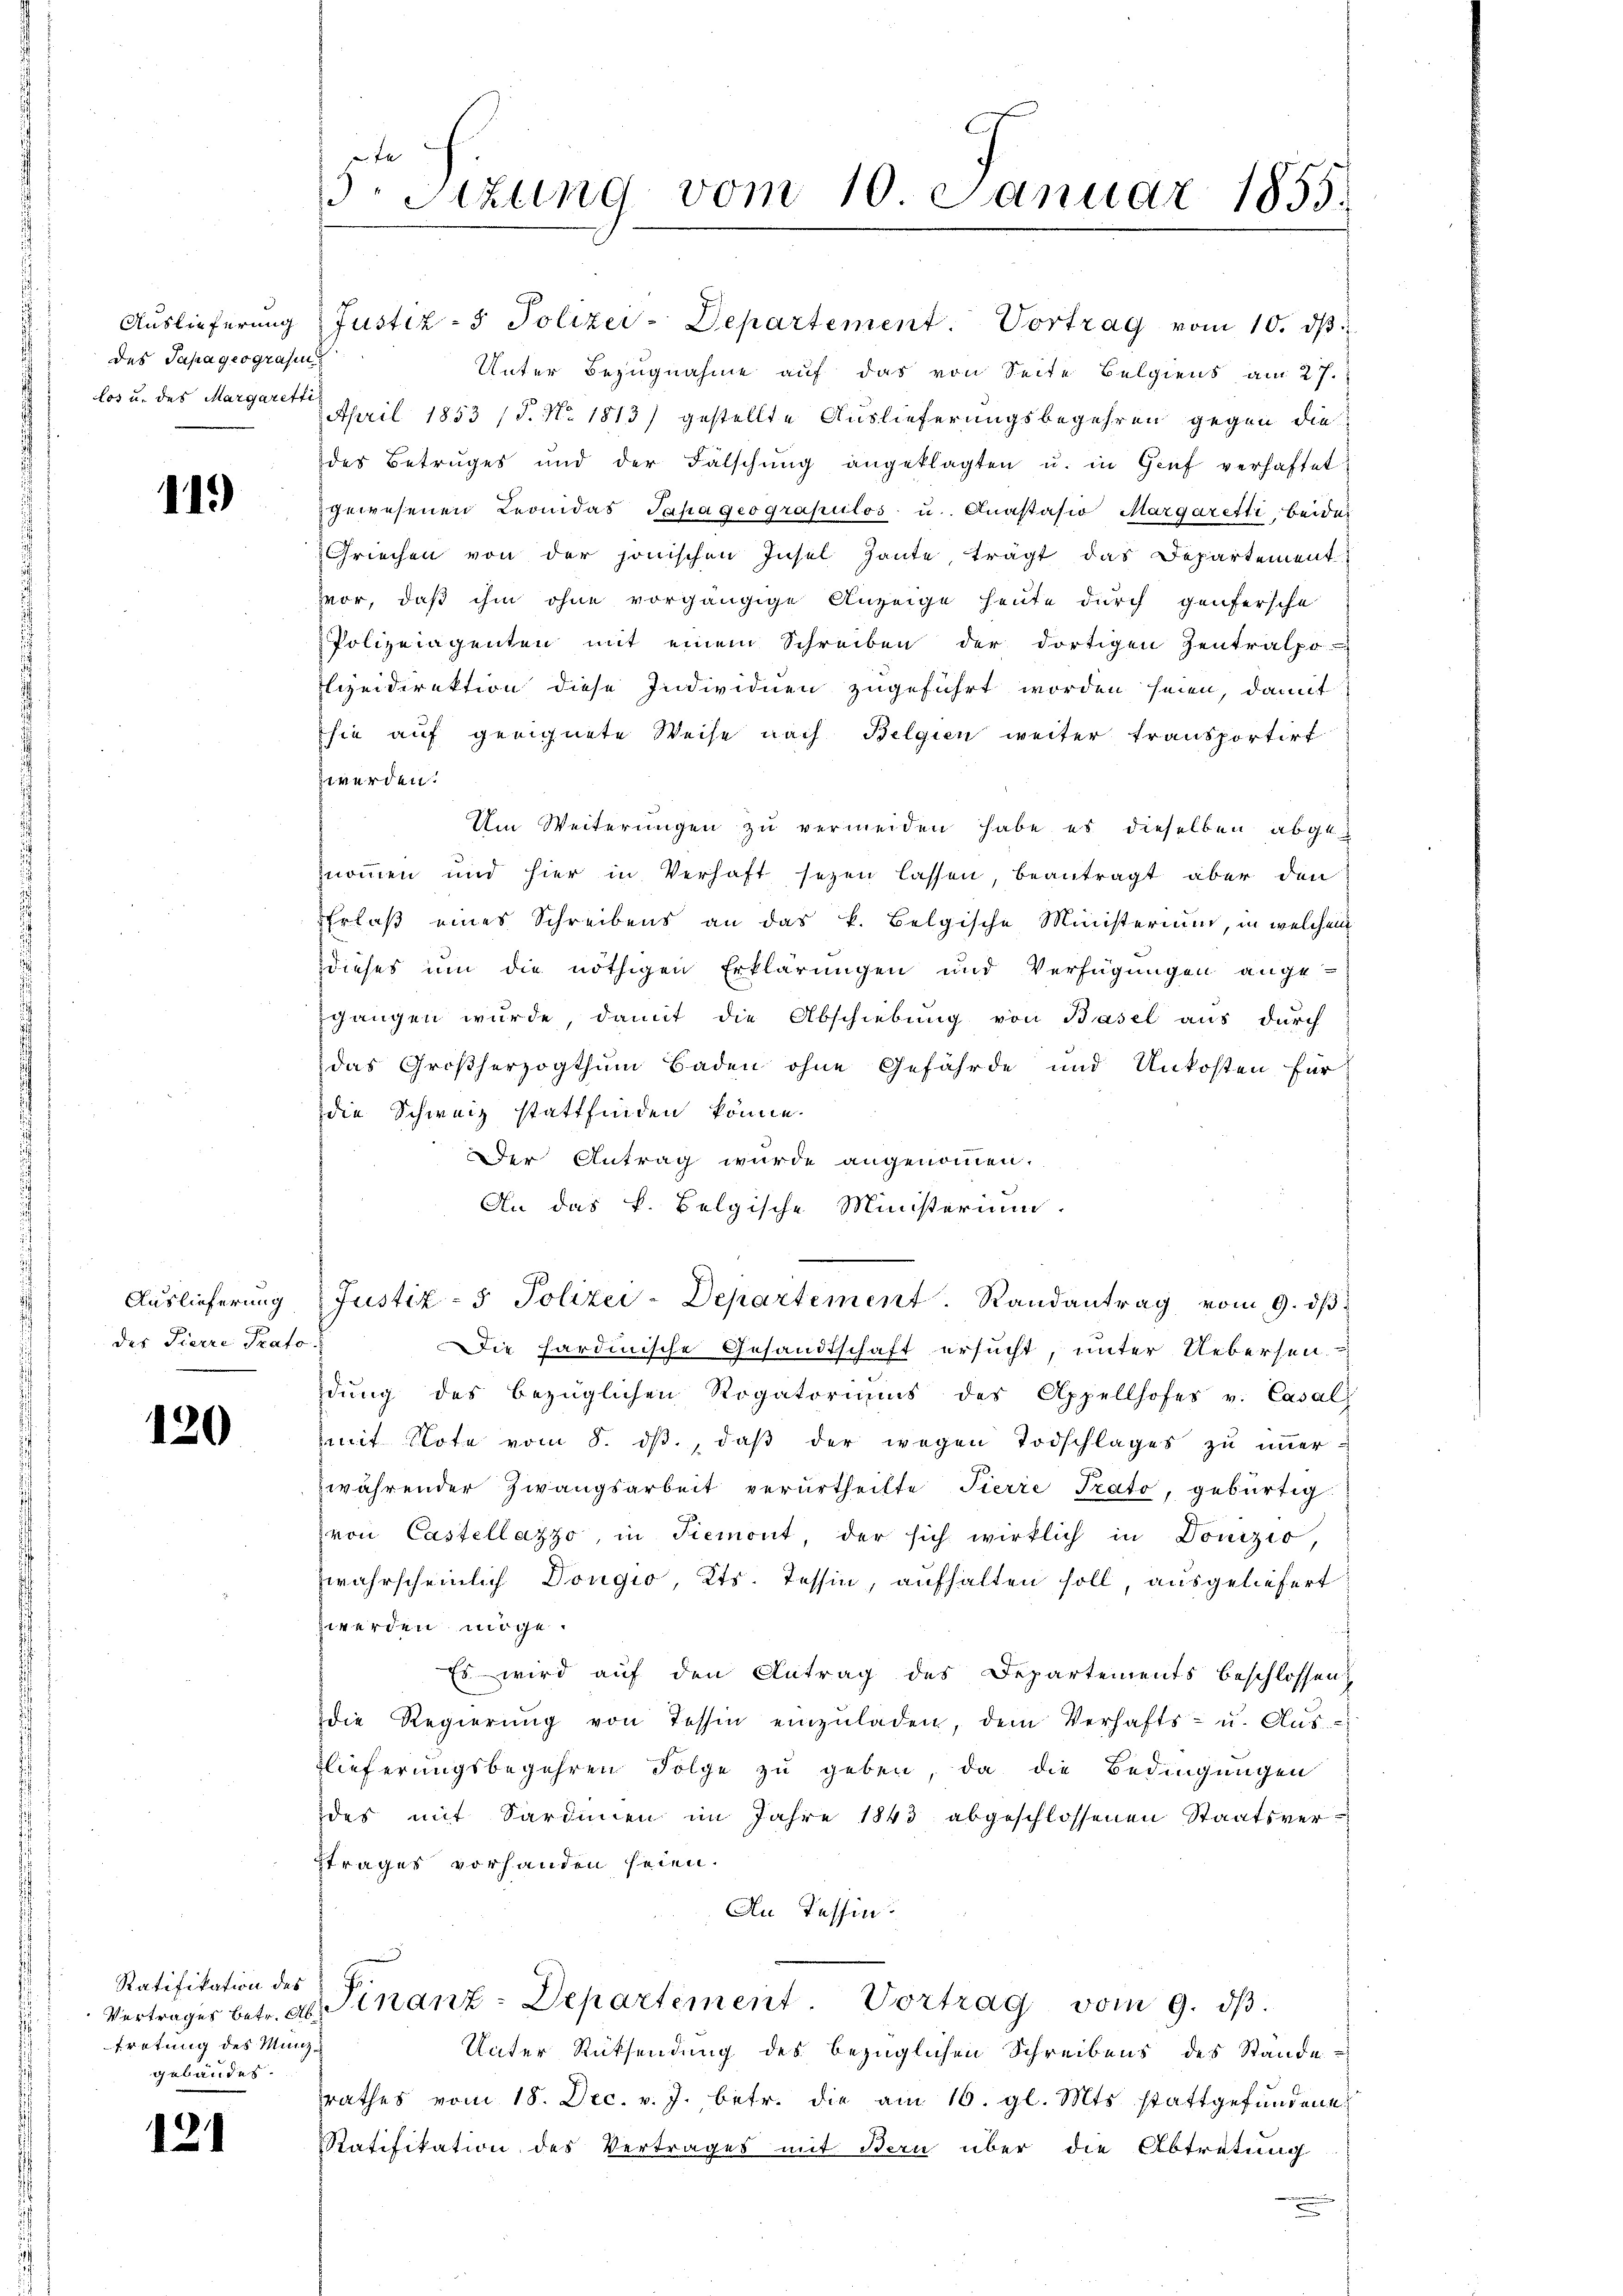
Auslieferung
des Sapageografin

119)

Auslieferung
der Pierre Prato.

120

Ratifikation des
tretung des Manzgeländet.

121

5 Sizung vom 10. Januar 1855.

Justiz- & Polizei-Departement. Vortrag vom 10. dβ
Unter Bezugnahme auf das von Seite Belgiens am 27.
los u. des Margarett April 1853 (5. No. 1813) gestellte Auslieferungsbegehren gegen die
des Betruges und der Fälschŭng angeklagten u. in Genf verhaftet
gewesenen Leonidas Jahageograpulos u. Anastasio Margaretti, beide
Griechen von der jonischen Insel haute, trägt das Departement
vor, daß ihm ohne vorgängige Anzeige heute durch genfersche
Polizeiagenten mit einem Schreiben der dortigen Zentralpo
Elizeidirektion diese Individuen zugeführt worden seien, damit
sie auf geeignete Weise nach Belgien weiter transportirt
z werden.
Um Weiterungen zu vermeiden habe es dieselben abgeznommen und hier in Verhaft sezen lassen, beantragt aber den
Erlaß eines Schreibens an das k. Belgische Ministerium, in welchem
dieses um die nöthigen Erklärungen und Verfügungen ange-
sgangen wurde, damit die Abschiebung von Basel aus durch
das Großherzogthum Baden ohne Gefährde und Unkosten für
die Schweiz stattfinden könne.
Der Antrag wurde angenommen.
An das k. Belgische Ministerium.
Justiz- & Polizei-Departement. Randantrag vom 9. dβ
Die hardinische Gesandtschaft ersucht, unter Uebersen.
dŭng des bezüglichen Rogatoriums des Appellhofes v. Casal
mit Note vom 8. dβ, daß der wegen Todschlages zu immer-
währender Zwangsarbeit verurtheilte Tierre Prato, gebürtig
von Castellazzo, in Piemont, der sich wirklich in Donizio,
zwahrscheinlich Dongio, Kts. Tessin, aufhalten soll, ausgeliefert
werden möge.
Es wird auf den Antrag des Departements beschlossen
die Regierŭng von Tessin einzŭladen, dem Verhafts- u. Aŭs-
lieferungsbegehren Folge zu geben, da die Bedingungen
des mit Sardinien im Jahre 1843 abgeschlossenen Staatsvertrages vorhanden seien.
An Tessin.
Vertrages betr. ab. Finanz-Departement. Vortrag vom 9. dβ.
Unter Rücksendung des bezüglichen Schreibens des Stande
rathes vom 18. Dec. v. J. betr. die am 16. gl. Mts. stattgefŭndene
Ratifikation des Vertrages mit Bern über die Abtretung